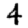
Digit: 4